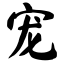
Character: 宠